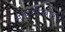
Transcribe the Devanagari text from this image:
सॉफ्टवेरबाबत